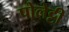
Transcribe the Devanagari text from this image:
पोलेट्टी